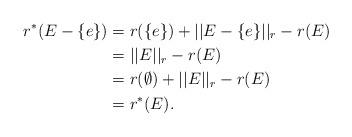
LaTeX: \begin{align*}r^*(E-\{e\})&=r(\{e\})+||E-\{e\}||_r-r(E)\\&=||E||_r-r(E)\\&=r(\emptyset)+||E||_r-r(E)\\&=r^*(E).\end{align*}